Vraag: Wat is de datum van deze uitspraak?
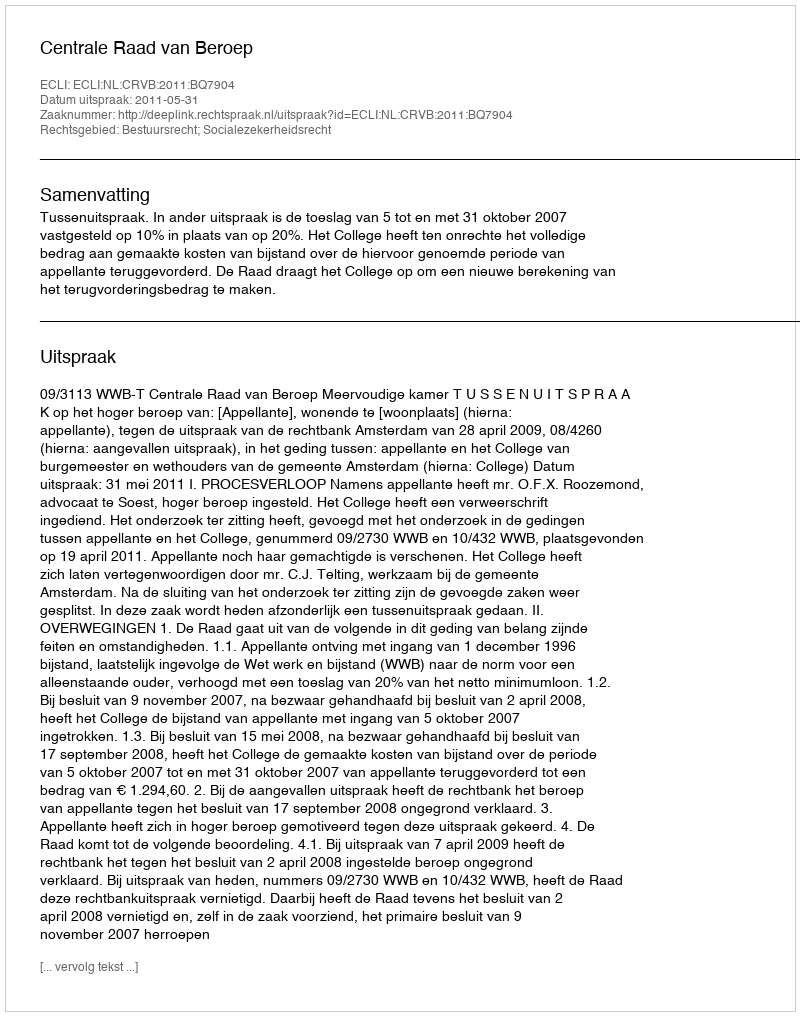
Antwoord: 2011-05-31